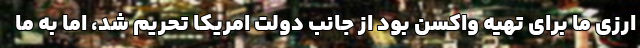
ارزی ما برای تهیه واکسن بود از جانب دولت امریکا تحریم شد، اما به ما